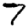
Digit: 7